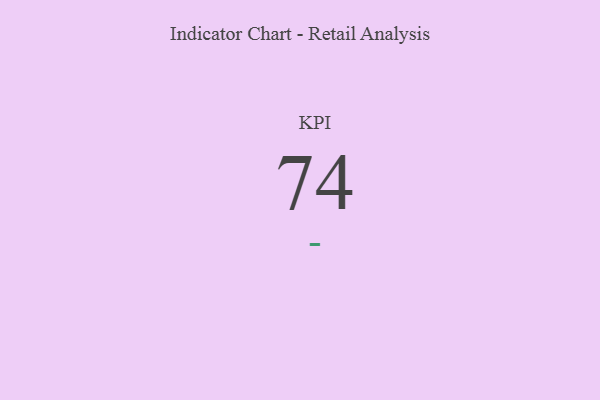
{"axis": {"x": "KPI", "y": "Value"}, "legend": [""], "data": [{"x": "KPI", "y": 74, "type": ""}]}